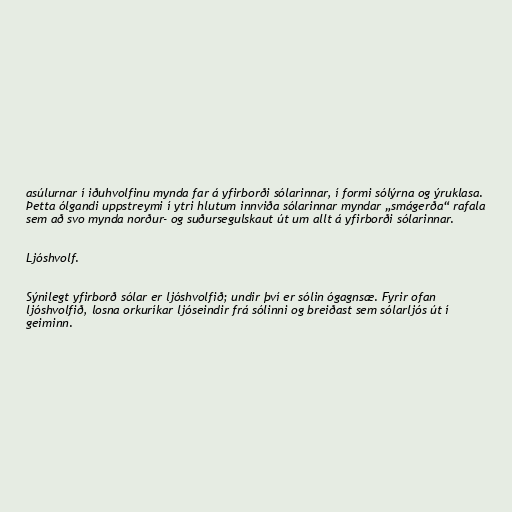
asúlurnar í iðuhvolfinu mynda far á yfirborði sólarinnar, í formi sólýrna og ýruklasa.
Þetta ólgandi uppstreymi í ytri hlutum innviða sólarinnar myndar „smágerða“ rafala
sem að svo mynda norður- og suðursegulskaut út um allt á yfirborði sólarinnar.

Ljóshvolf.

Sýnilegt yfirborð sólar er ljóshvolfið; undir því er sólin ógagnsæ. Fyrir ofan
ljóshvolfið, losna orkuríkar ljóseindir frá sólinni og breiðast sem sólarljós út í
geiminn.